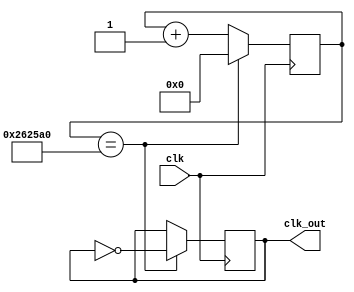
module timing (
    input clk,  // clock
    output clk_out
  );
//25_000_000
  reg [24:0] counter;//register to keep track of counting index
  reg clk_out;
  
  /* Sequential Logic */
  always @(posedge clk) begin
    counter <= counter + 1'b1;
    if (counter == 2_500_000) begin // underscores are ignored
      counter <= 0;
      clk_out <= ~clk_out;
    end
  end
  
endmodule